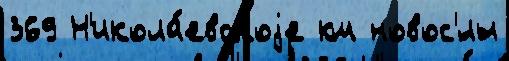
369 Н'икола́евскоjе км новос'́лы